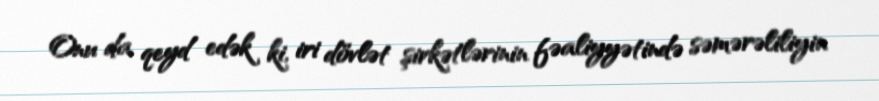
Onu da qeyd edək ki, iri dövlət şirkətlərinin fəaliyyətində səmərəliliyin